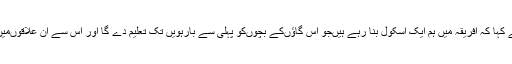
میں‌نے پوچھا کہ تم افریقہ کیوں‌جا رہے ہو تو اس نے کہا کہ افریقہ میں ہم ایک اسکول بنا رہے ہیں‌جو اس گاؤں‌کے بچوں‌کو پہلی سے بارہویں تک تعلیم دے گا اور اس سے ان علاقوں‌میں‌ان کے اپنے لوگوں‌سے لائی ہوئی تبدیلی آسکے گی۔